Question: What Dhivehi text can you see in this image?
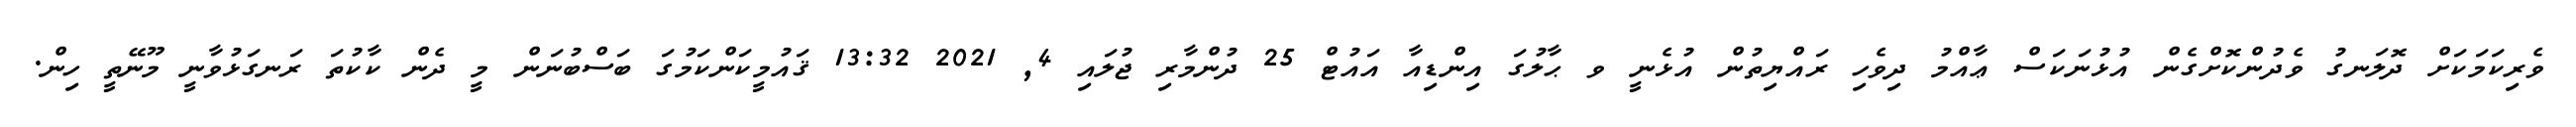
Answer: ވެރިކަމަކަށް ދޮލަނގު ވެދުންކޮށްގެން އުޅުނަކަސް ޢާއްމު ދިވެހި ރައްޔިތުން އުޅެނީ ވ ޙާލުގަ އިންޑިއާ އައުޓް 25 ދުންމާރި ޖުލައި 4, 2021 13:32 ޤައުމީކަންކަމުގަ ބަސްބުނަން މީ ދެން ކާކުތަ ރަނގަޅުވާނީ މޫނޭތީ ހިން.